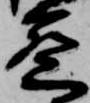
密